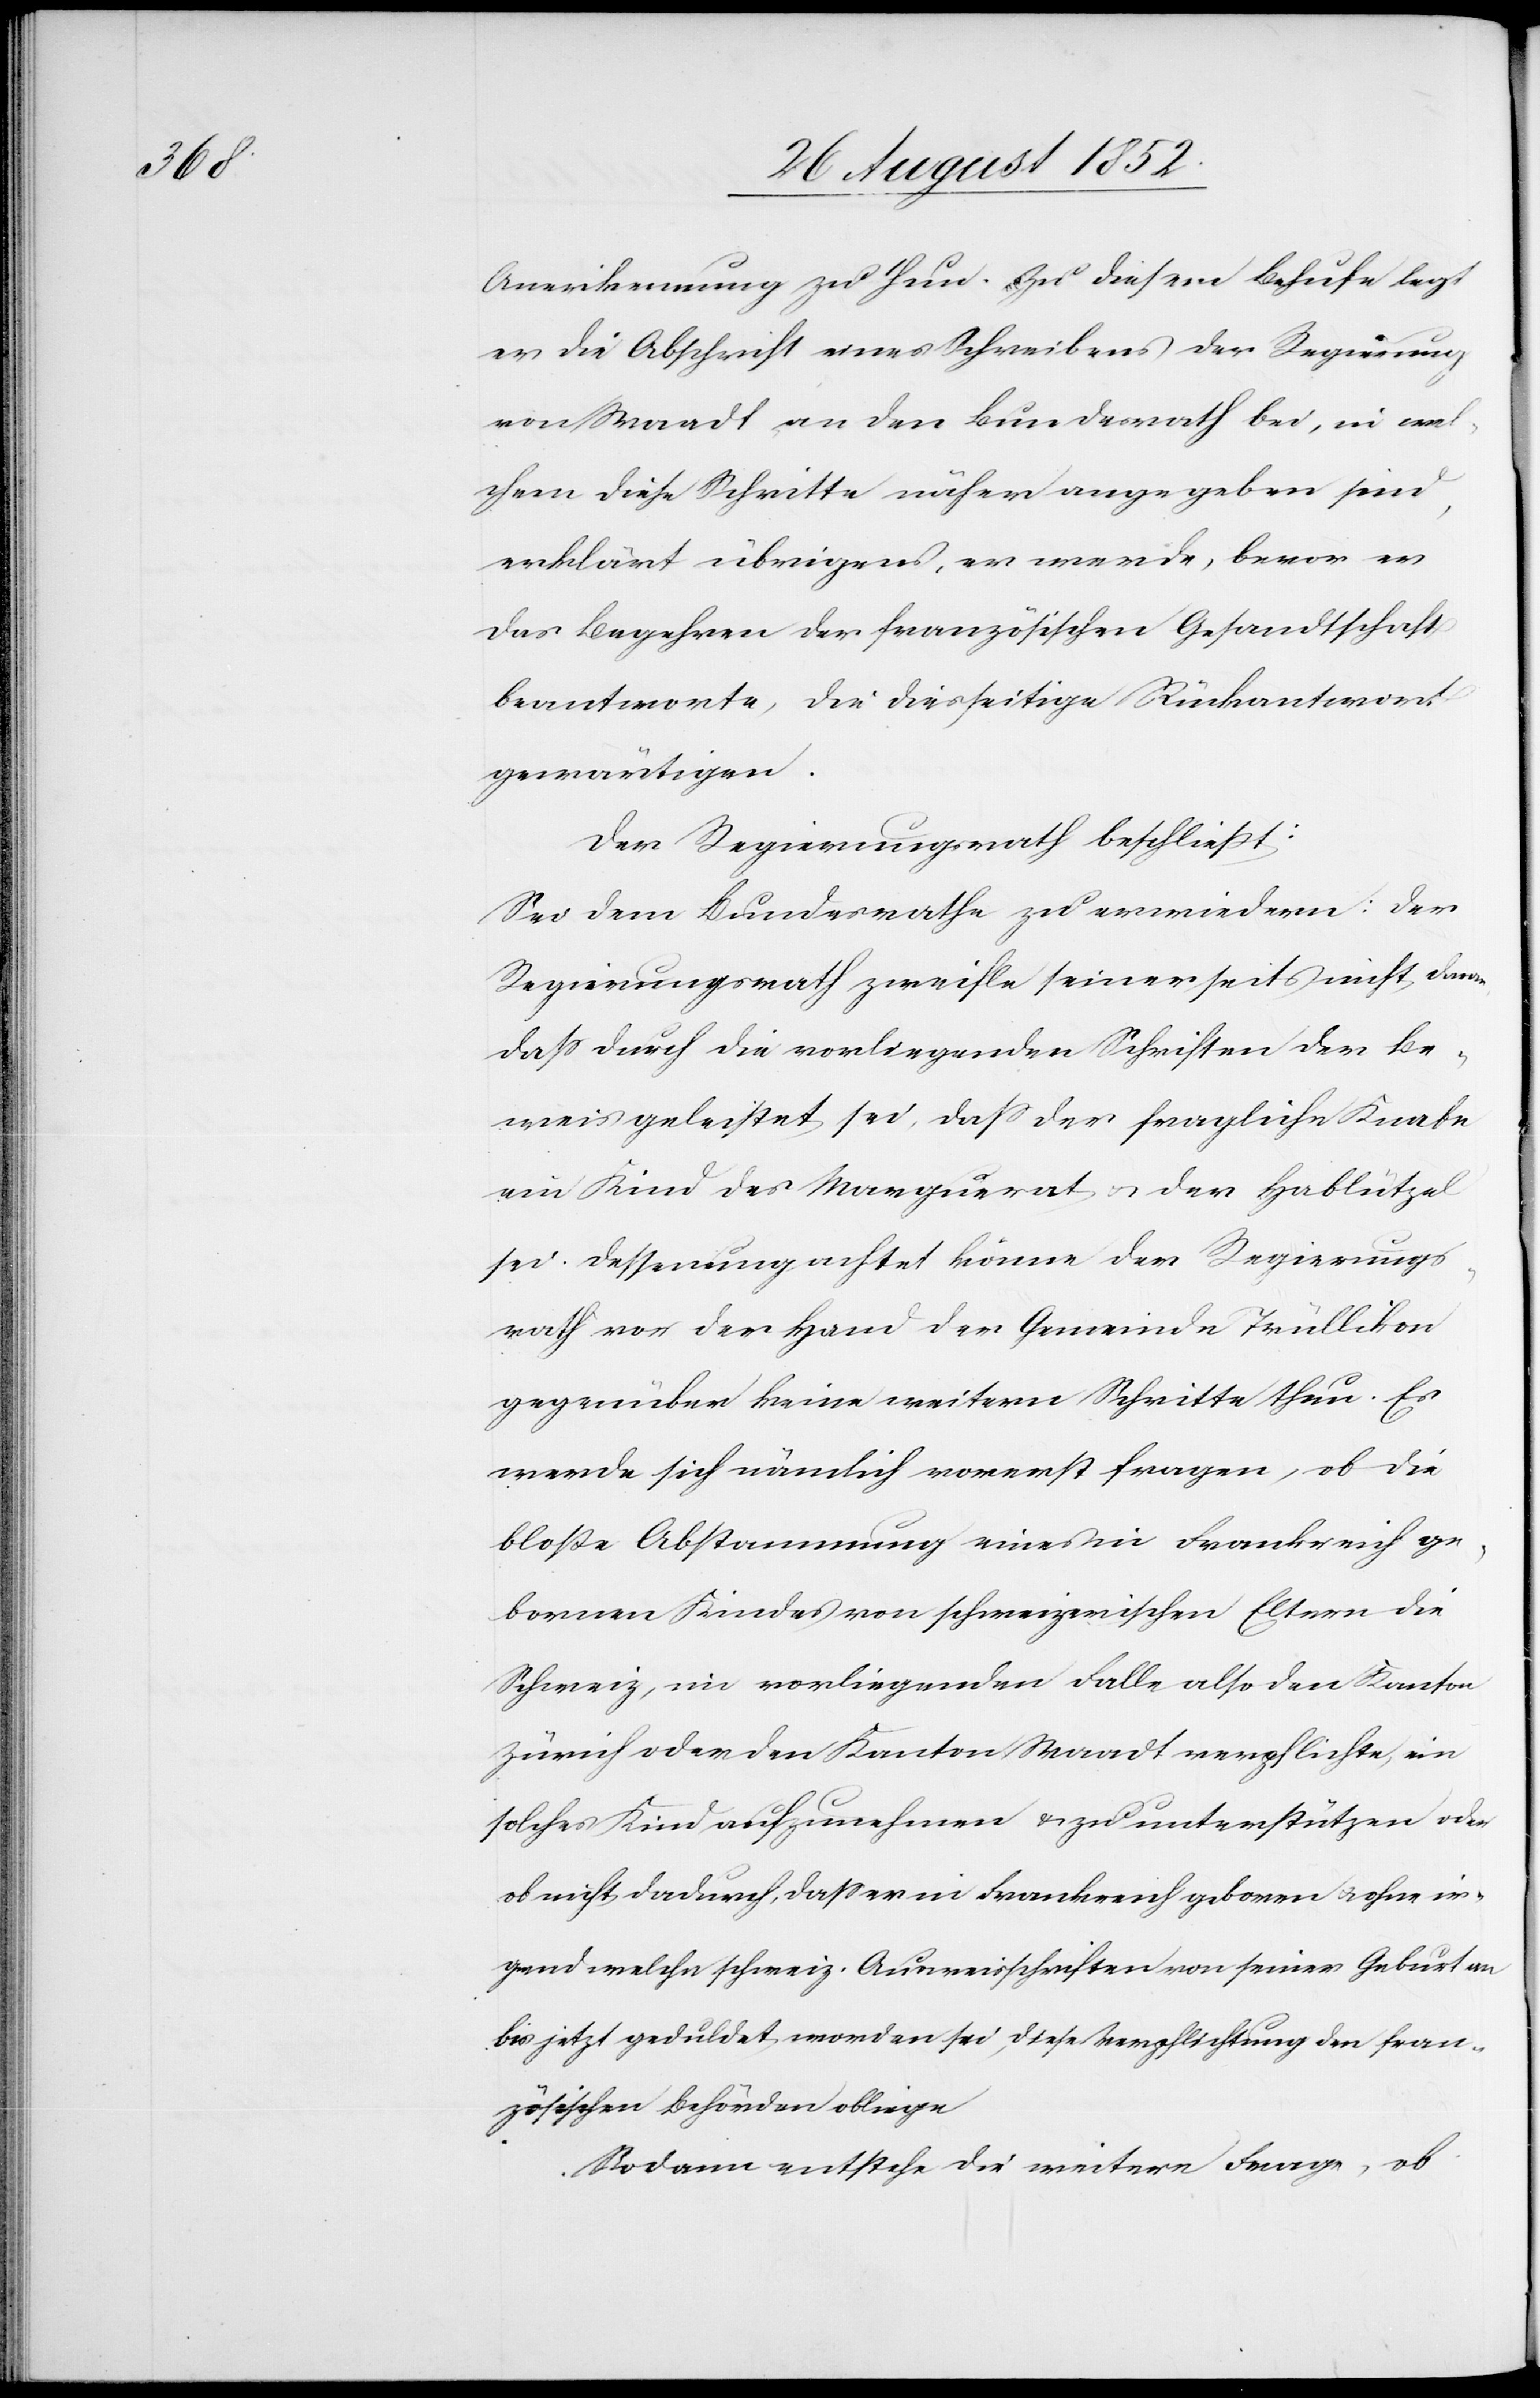
Anerkennung zu thun. Zu diesem Behufe legt
er die Abschrift eines Schreibens der Regierung
von Waadt an den Bundesrath bei, in wel¬
chem diese Schritte näher angegeben sind,
erklärt übrigens, er werde, bevor er
das Begehren der französischen Gesandtschaft
beantworte, die diesseitige Rückantwort
gewärtigen.
Der Regierungsrath beschließt:
Sei dem Bundesrathe zu erwiedern: Der
Regierungsrath zweifle seiner seits nicht daran,
dass durch die vorliegenden Schriften der Be¬
weis geleistet sei, dass der fragliche Knabe
ein Kind des Marguerat & der Hablützel
sei. Dessenungeachtet könne der Regierungs¬
rath vor der Hand der Gemeinde Trüllikon
gegenüber keine weitern Schritte thun. Es
werde sich nämlich vorerst fragen, ob die
bloße Abstammung eines in Frankreich ge¬
bornen Kindes von schweizerischen Eltern die
Schweiz, im vorliegenden Falle also den Kanton
Zürich oder den Kanton Waadt verpflichte, ein
solches Kind aufzunehmen & zu unterstützen oder
ob nicht dadurch, dass er in Frankreich geboren & ohne ir¬
gend welche schweiz. Ausweisschriften von seiner Geburt an
bis jetzt geduldet worden sei, diese Verpflichtung den fran¬
zösischen Behörden obliege
Sodann entstehe die weitere Frage, ob